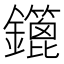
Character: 𨯥